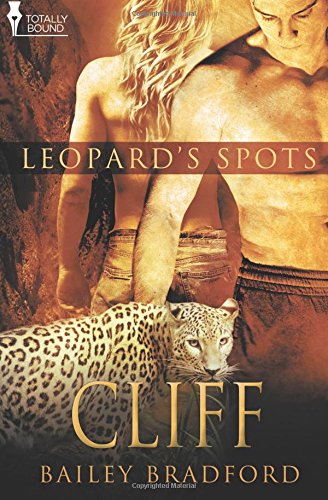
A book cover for Cliff (Leopard's Spots) (Volume 12); Bailey Bradford; Romance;